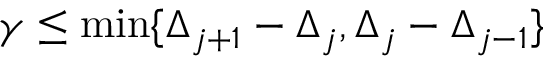
\gamma \leq \operatorname* { m i n } \{ \Delta _ { j + 1 } - \Delta _ { j } , \Delta _ { j } - \Delta _ { j - 1 } \}